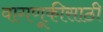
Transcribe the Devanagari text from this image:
वागणूकीसाठी